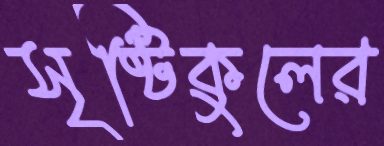
সৃষ্টিকুলের